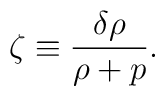
\zeta\equiv \frac{\delta \rho}{\rho+p}.